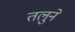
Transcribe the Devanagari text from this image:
तलुने